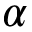
\alpha